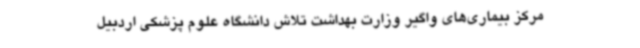
مرکز بیماری‌های واگیر وزارت بهداشت تلاش دانشگاه علوم پزشکی اردبیل